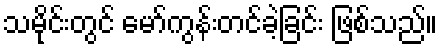
သမိုင်းတွင် မော်ကွန်းတင်ခဲ့ခြင်း ဖြစ်သည်။